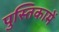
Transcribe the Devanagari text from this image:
पुस्‍तिकामें